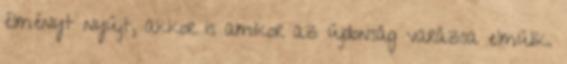
élményt nyújt, akkor is amikor az újdonság varázsa elmúlik.